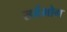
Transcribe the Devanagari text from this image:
सर्वभोग